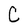
Character: C